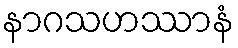
နာဂသဟဿာနံ